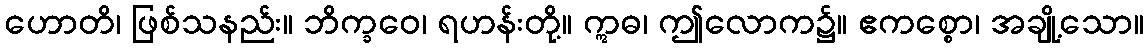
ဟောတိ၊ ဖြစ်သနည်း။ ဘိက္ခဝေ၊ ရဟန်းတို့။ ဣဓ၊ ဤလောက၌။ ဧကစ္စော၊ အချို့သော။